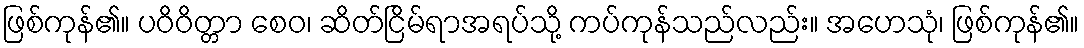
ဖြစ်ကုန်၏။ ပဝိဝိတ္တာ စေဝ၊ ဆိတ်ငြိမ်ရာအရပ်သို့ ကပ်ကုန်သည်လည်း။ အဟေသုံ၊ ဖြစ်ကုန်၏။